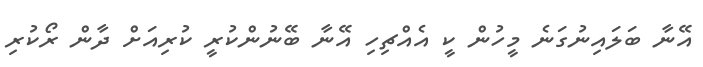
އޭނާ ބަލައިނުގަނެ މީހުން ކީ އެއްޗިހި އޭނާ ބޭނުންކުރީ ކުރިއަށް ދާން ރޯކުރި